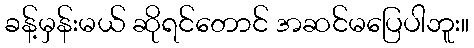
ခန့်မှန်းမယ် ဆိုရင်တောင် အဆင်မပြေပါဘူး။